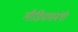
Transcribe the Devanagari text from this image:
मीडियासंबंधी